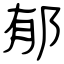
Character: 郁